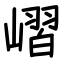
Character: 嶍